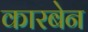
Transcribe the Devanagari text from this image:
कारबेन